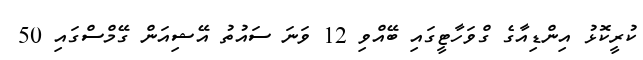
ކުރީކޮޅު އިންޑިއާގެ ގްވަހާޓީގައި ބޭއްވި 12 ވަނަ ސައުތު އޭޝިއަން ގޭމްސްގައި 50